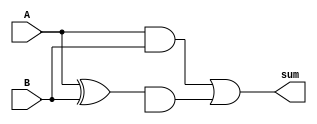
module Kogge_Stone_Adder (
    input wire [15:0] A,
    input wire [15:0] B,
    output reg [16:0] sum
);

reg [15:0] P, G;
reg [16:0] cin, cout;
reg [15:0] C;

assign P = A ^ B;
assign G = A & B;

assign C[0] = cin[0];
assign cout = G | (P & cin);

always @(A or B or cin)
begin
    C[1] = P[0] | (G[0] & cin[0]);
    C[2] = P[1] | (G[1] & C[1]);
    C[3] = P[2] | (G[2] & C[2]);
    C[4] = P[3] | (G[3] & C[3]);
    C[5] = P[4] | (G[4] & C[4]);
    C[6] = P[5] | (G[5] & C[5]);
    C[7] = P[6] | (G[6] & C[6]);
    C[8] = P[7] | (G[7] & C[7]);
    C[9] = P[8] | (G[8] & C[8]);
    C[10] = P[9] | (G[9] & C[9]);
    C[11] = P[10] | (G[10] & C[10]);
    C[12] = P[11] | (G[11] & C[11]);
    C[13] = P[12] | (G[12] & C[12]);
    C[14] = P[13] | (G[13] & C[13]);
    C[15] = P[14] | (G[14] & C[14]);
end

assign sum = {C[15], C[14], C[13], C[12], C[11], C[10], C[9], C[8], C[7], C[6], C[5], C[4], C[3], C[2], C[1], C[0], cout};

endmodule